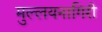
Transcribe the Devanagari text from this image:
मुल्लयनागिरी